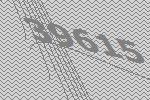
39615